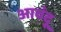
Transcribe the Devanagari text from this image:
आवंदू